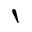
\backprime